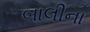
બાલીના